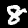
Label: 8